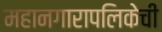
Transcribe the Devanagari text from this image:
महानगारापलिकेची